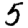
Digit: 5